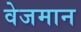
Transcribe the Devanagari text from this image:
वेजमान